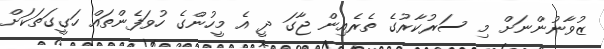
ޒުވާނުންނަށް މި ސަރުކާރުގެ ތެރެއިން ޖާގަ ދީ އެ މީހުންގެ ހުވަފެންތައް ހަގީގަތަކަށް